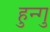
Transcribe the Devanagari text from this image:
हुन्गु